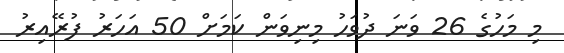
މި މަހުގެ 26 ވަނަ ދުވަހު މިނިވަން ކަމަށް 50 އަހަރު ފުރޭއިރު